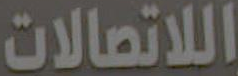
اللاتصالات